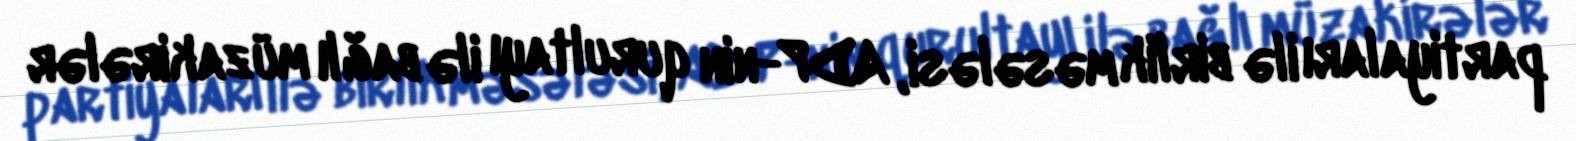
partiyaları ilə birlik məsələsi, ADP-nin qurultayı ilə bağlı müzakirələr